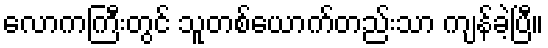
လောကကြီးတွင် သူတစ်ယောက်တည်းသာ ကျန်ခဲ့ပြီ။